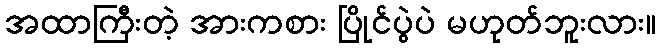
အထာကြီးတဲ့ အားကစား ပြိုင်ပွဲပဲ မဟုတ်ဘူးလား။